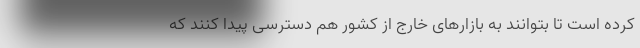
کرده است تا بتوانند به بازارهای خارج از کشور هم دسترسی پیدا کنند که